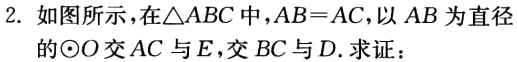
2. 如图所示，在\(\triangle ABC\)中，\(AB = AC\)，以\(AB\)为直径的\(\odot O\)交\(AC\)与\(E\)，交\(BC\)与\(D\). 求证：